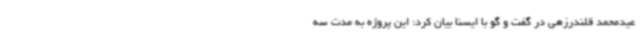
عیدمحمد قلندرزهی در گفت و گو با ایسنا بیان کرد: این پروژه به مدت سه